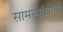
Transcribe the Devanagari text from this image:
सामन्यांआधी